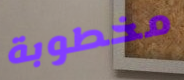
مخطوبة